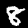
Digit: 8